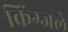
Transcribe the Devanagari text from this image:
किंग्जले